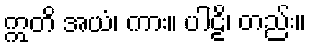
ဣတိ အယံ၊ ကား။ ပါဠိ၊ တည်း။